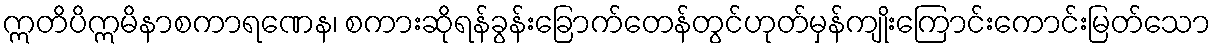
ဣတိပိဣမိနာစကာရဏေန၊ စကားဆိုရန်ခွန်းခြောက်တေန်တွင်ဟုတ်မှန်ကျိုးကြောင်းကောင်းမြတ်သော